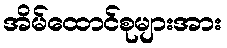
အိမ်ထောင်စုများအား